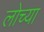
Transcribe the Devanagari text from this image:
लोच्या